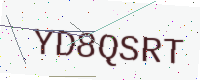
Text: YD8QSRT